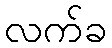
လက်ခ